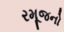
રમૂજનો